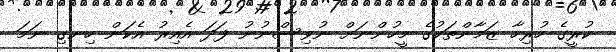
ކުރީގެ ހުރިހާ ޒަމާންތަކުގެ މީހުންނަށް ނުވިސްނުނު ފަދަ އެއިރު އެކަން ހިނގި ނަމަ